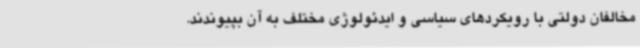
مخالفان دولتی با رویکردهای سیاسی و ایدئولوژی مختلف به آن بپیوندند.